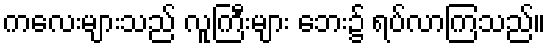
ကလေးများသည် လူကြီးများ ဘေး၌ ရပ်လာကြသည်။